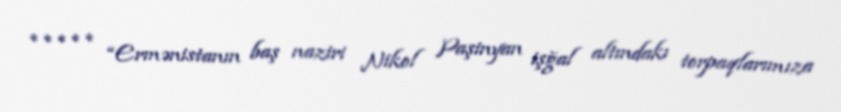
***** “Ermənistanın baş naziri Nikol Paşinyan işğal altındakı torpaqlarımıza